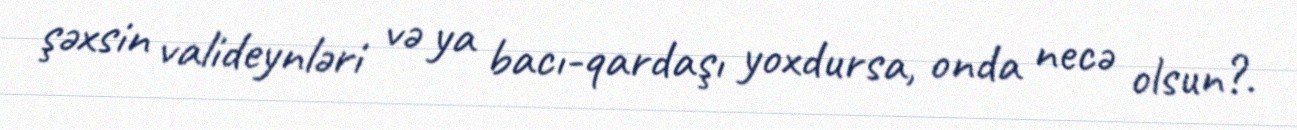
şəxsin valideynləri və ya bacı-qardaşı yoxdursa, onda necə olsun?.